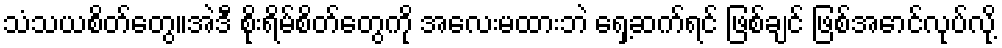
သံသယစိတ်တွေ။အဲဒီ စိုးရိမ်စိတ်တွေကို အလေးမထားဘဲ ရှေ့ဆက်ရင် ဖြစ်ချင် ဖြစ်အောင်လုပ်လို့